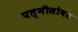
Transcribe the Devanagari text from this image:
पत्नीसोबत